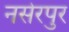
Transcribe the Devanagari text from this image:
नसेरपुर